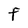
Character: F